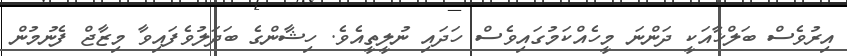
އިރުވެސް ބަލްޚާއަކީ ދަންނަ މީހެއްކަމުގައިވެސް ހަދައި ނުލީތީއެވެ. ހިޝާންގެ ބަދަލުވެފައިވާ މިޒާޖް ފެނުމުން